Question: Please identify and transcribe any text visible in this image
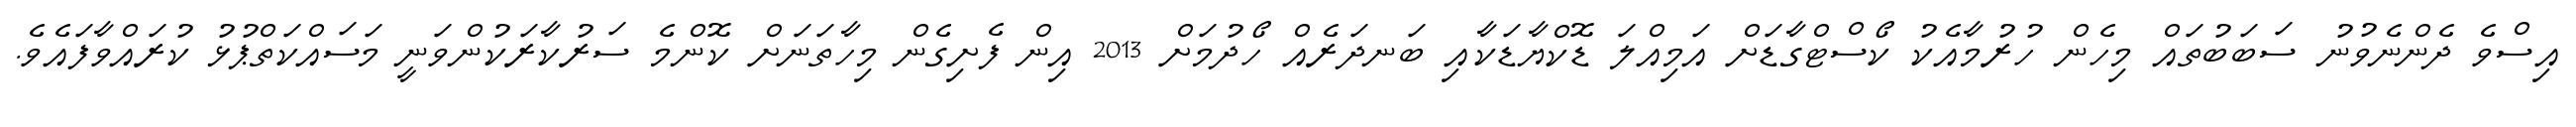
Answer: އިސްވެ ދެންނެވުނު ސަބަބުތައް މިހެން ހުރުމާއެކު ކޯސްޓްގާޑަށް އަމިއްލަ ޑޮކްޔާޑަކާއި ބަނދަރެއް ހޯދުމަށް 2013 އިން ފެށިގެން މިހާތަނަށް ކޮންމެ ސަރުކާރަކުންވަނީ މަސައްކަތްޕުޅު ކުރައްވާފައެވެ.